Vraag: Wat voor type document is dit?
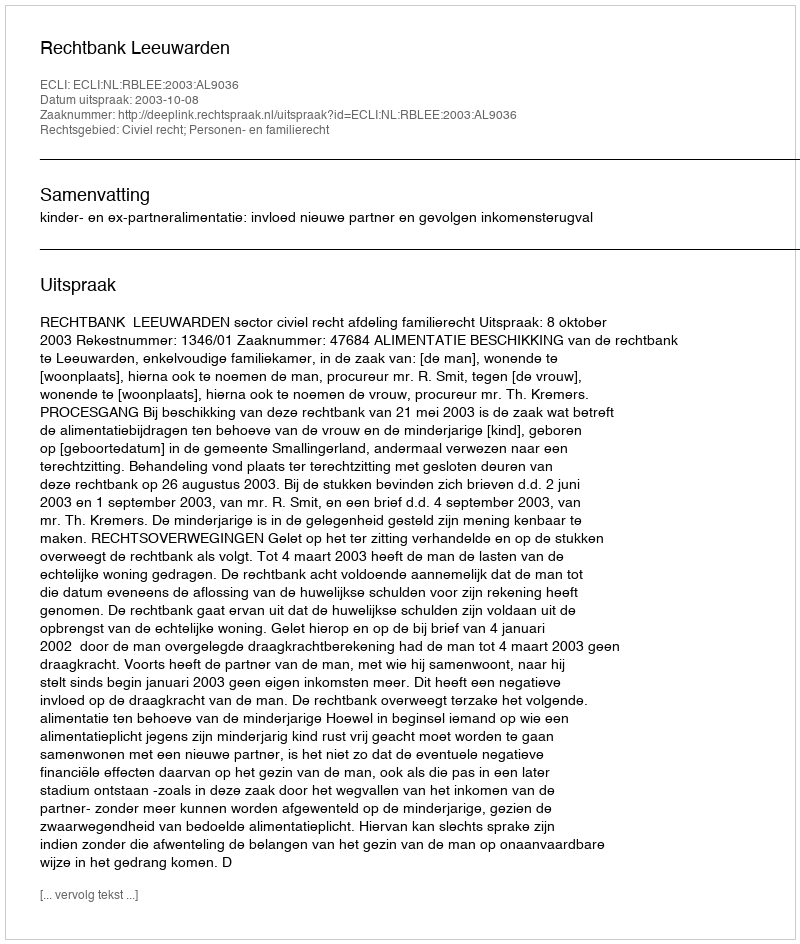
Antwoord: Uitspraak